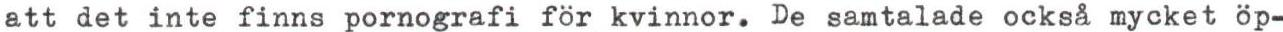
att det inte finns pornografi för kvinnor. De samtalade också mycket öp-